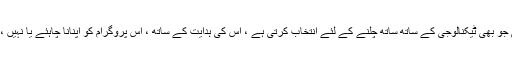
اس تحریر میں ہم امید کرتے ہیں کہ کمیونٹی جو بھی ٹیکنالوجی کے ساتھ ساتھ چلنے کے لئے انتخاب کرتی ہے ، اس کی ہدایت کے ساتھ ، اس پروگرام کو اپنانا چاہئے یا نہیں ، اس پر ہم بحث کرنے سے گریز کرتے ہیں۔